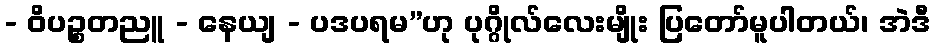
- ဝိပဉ္စတညူ - နေယျ - ပဒပရမ”ဟု ပုဂ္ဂိုလ်လေးမျိုး ပြတော်မူပါတယ်၊ အဲဒီ